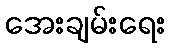
အေးချမ်းရေး